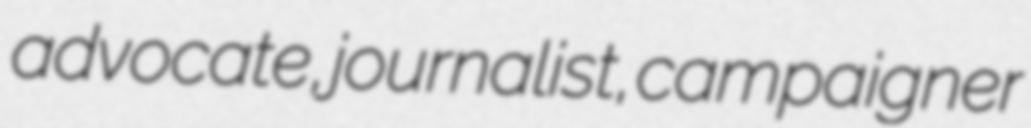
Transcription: advocate, journalist, campaigner